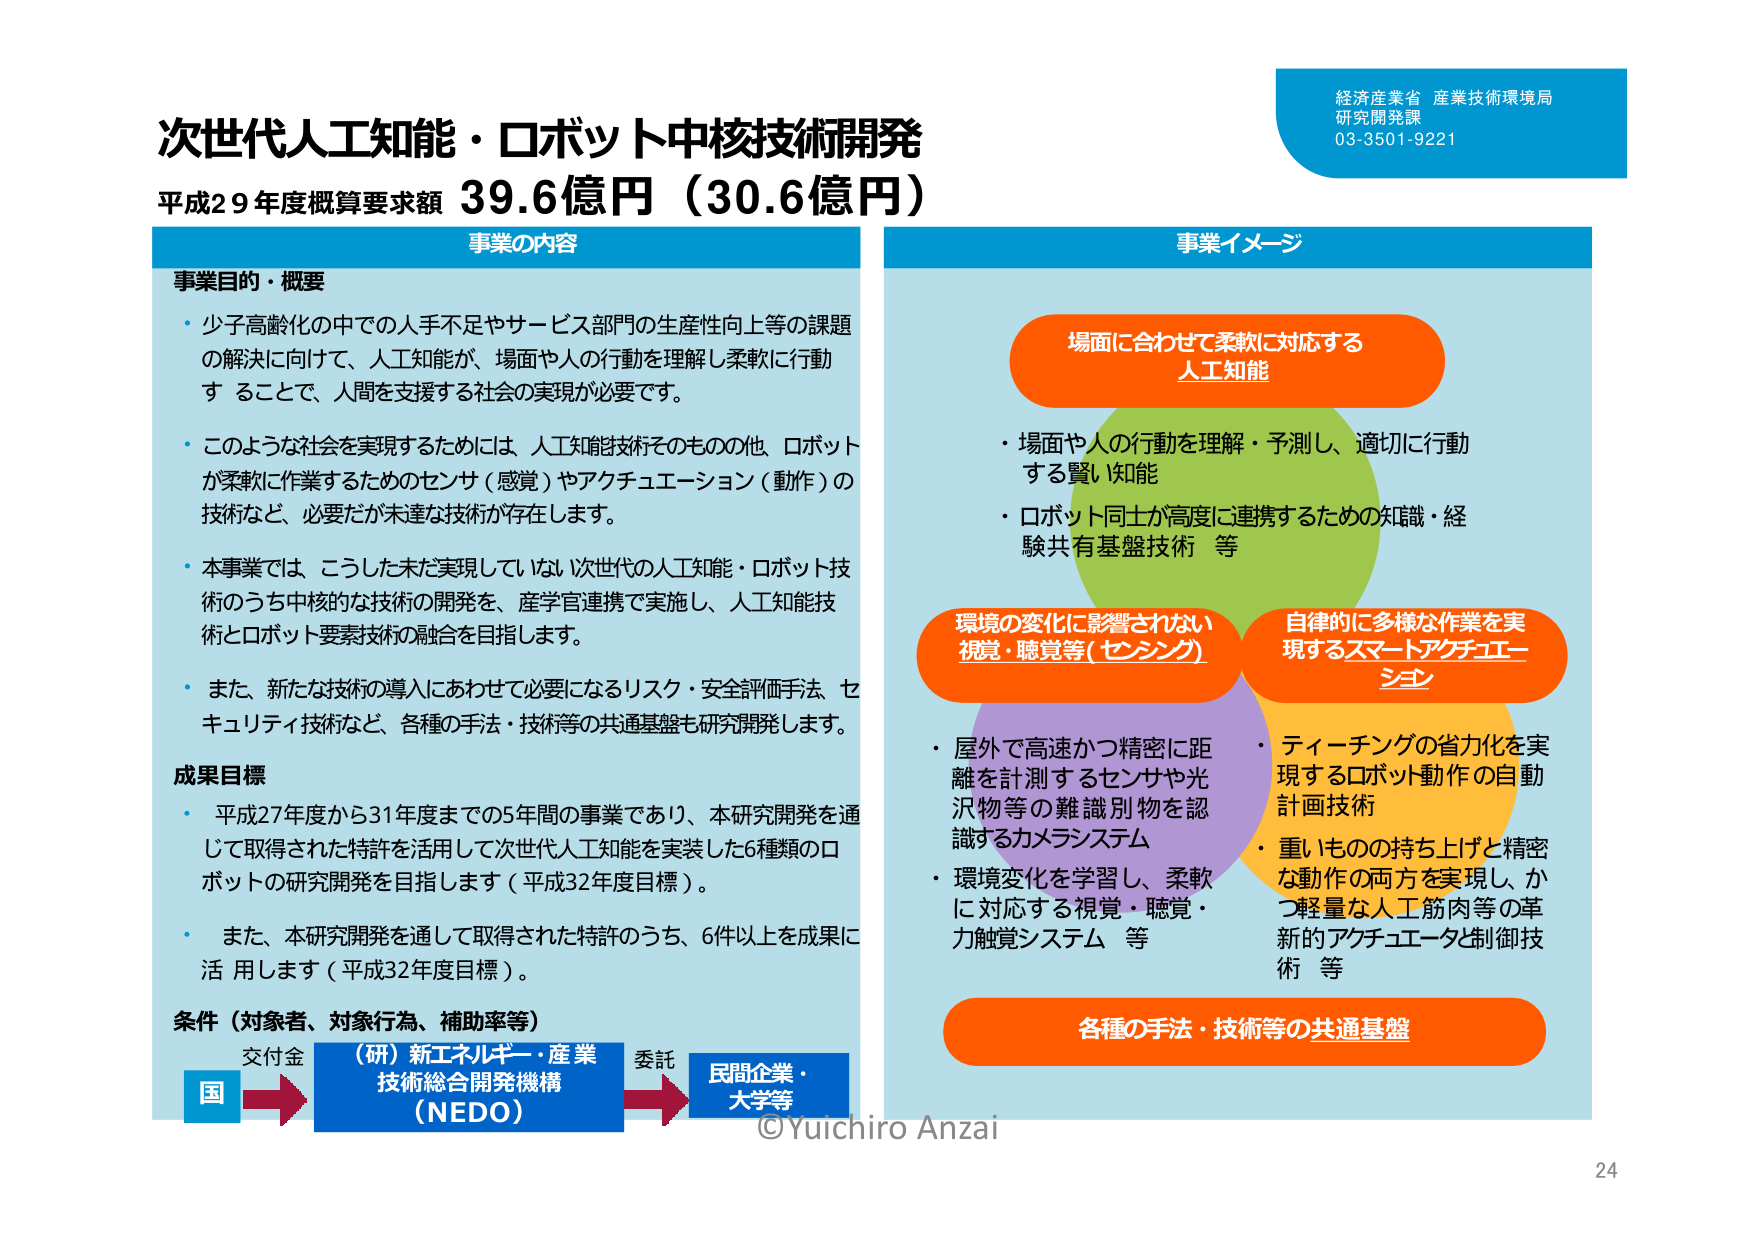
次世代人工知能・ロボット中核技術開発
平成29年度概算要求額 39.6億円（30.6億円）

経済産業省 産業技術環境局
研究開発課
03-3501-9221

事業の内容

事業目的・概要
・少子高齢化の中での人手不足やサービス部門の生産性向上等の課題の解決に向けて、人工知能が、場面や人の行動を理解し柔軟に行動することで、人間を支援する社会の実現が必要です。
・このような社会を実現するためには、人工知能技術そのものの他、ロボットが柔軟に作業するためのセンサ（感覚）やアクチュエーション（動作）の技術など、必要だが未達な技術が存在します。
・本事業では、こうした未だ実現していない次世代の人工知能・ロボット技術のうち中核的な技術の開発を、産学官連携で実施し、人工知能技術とロボット要素技術の融合を目指します。
・また、新たな技術の導入にあわせて必要になるリスク・安全評価手法、セキュリティ技術など、各種の手法・技術等の共通基盤も研究開発します。

成果目標
・平成27年度から31年度までの5年間の事業であり、本研究開発を通じて取得された特許を活用して次世代人工知能を実装した6種類のロボットの研究開発を目指します（平成32年度目標）。
・また、本研究開発を通じて取得された特許のうち、6件以上を成果に活用します（平成32年度目標）。

条件（対象者、対象行為、補助率等）
交付金
国 → （研）新エネルギー・産業技術総合開発機構（NEDO） → 委託 → 民間企業・大学等

事業イメージ

場面に合わせて柔軟に対応する
人工知能
・場面や人の行動を理解・予測し、適切に行動する賢い知能
・ロボット同士が高度に連携するための知識・経験共有基盤技術 等

環境の変化に影響されない
視覚・聴覚等（センシング）
・屋外で高速かつ精密に距離を計測するセンサや光沢物等の難識別物を認識するカメラシステム
・環境変化を学習し、柔軟に対応する視覚・聴覚・力触覚システム 等

自律的に多様な作業を実現するスマートアクチュエーション
・ティーチングの省力化を実現するロボット動作の自動計画技術
・重いものの持ち上げと精密な動作の両方を実現し、かつ軽量な人工筋肉等の革新的アクチュエータ制御技術 等

各種の手法・技術等の共通基盤

©Yuichiro Anzai
24